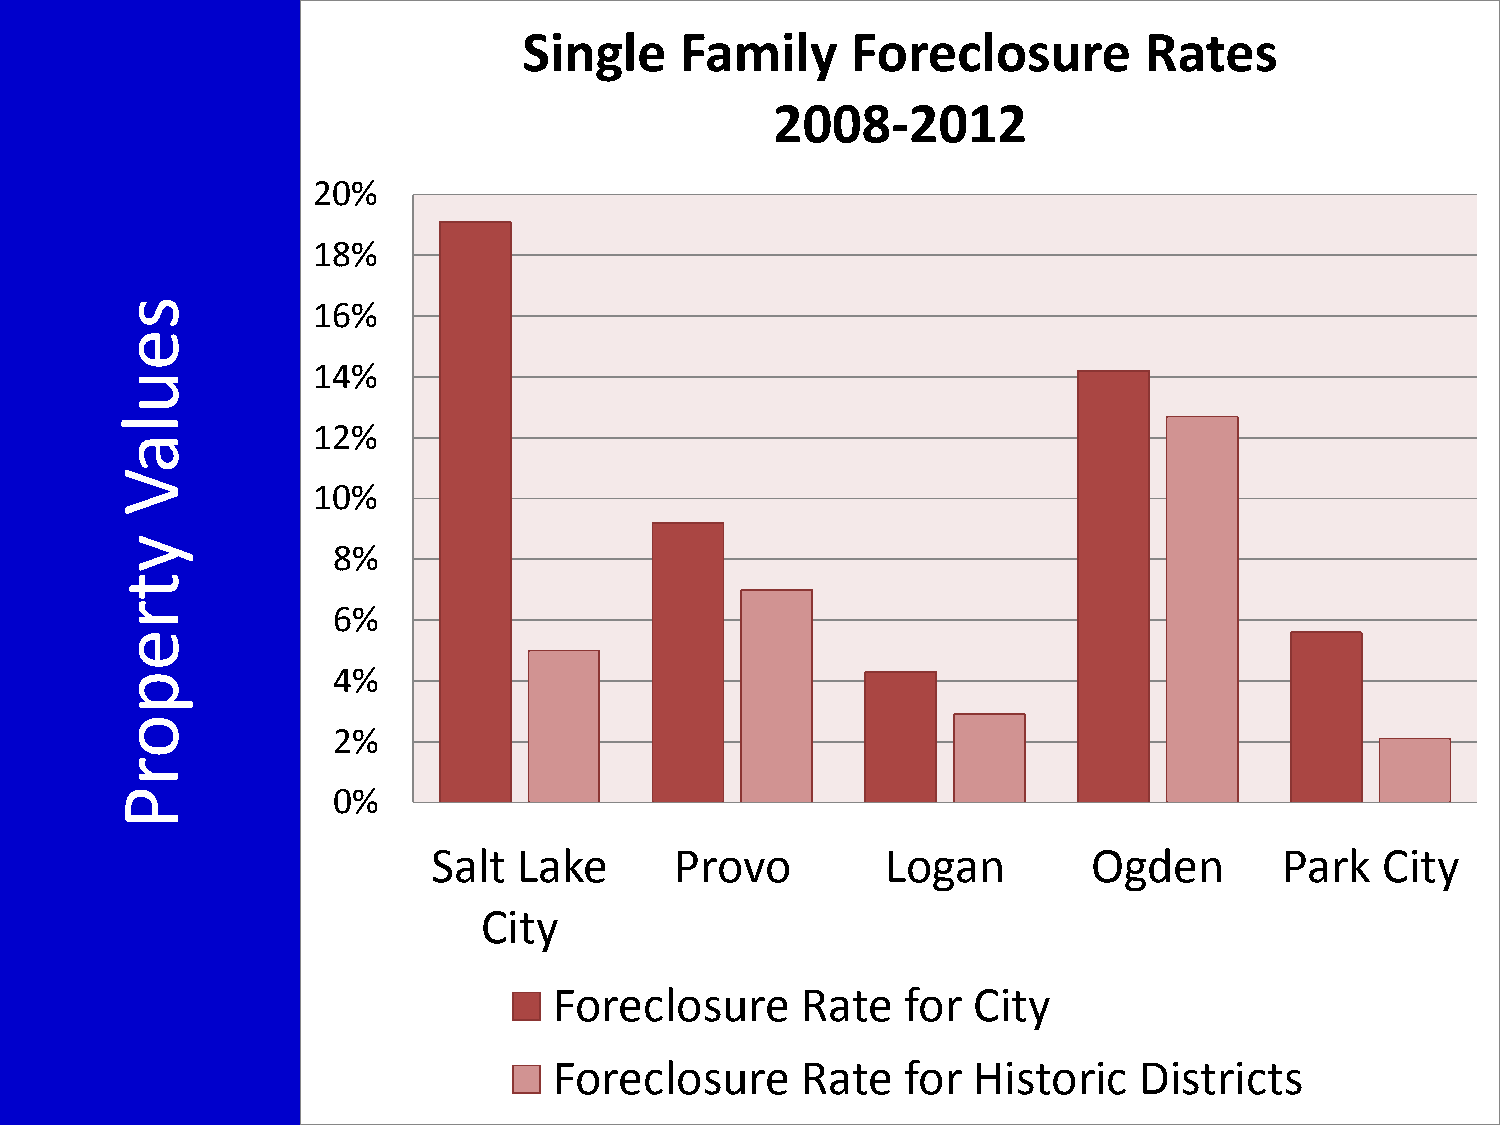
Single    Family     Foreclosure         Rates
 2008-2012
 20%
 18%
 s            16%
 e
 14%
 u
 l
 12%
 a
 V
 10%
 y
 8%
 t
 r             6%
 e
 4%
 p
 o
 2%
 r
 P             0%
 Salt Lake       Provo         Logan        Ogden        Park   City
 City
 Foreclosure     Rate   for City
 Foreclosure     Rate   for Historic   Districts